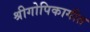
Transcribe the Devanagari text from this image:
श्रीगोपिकागीत